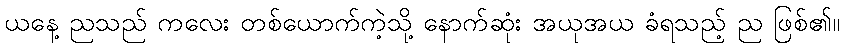
ယနေ့ ညသည် ကလေး တစ်ယောက်ကဲ့သို့ နောက်ဆုံး အယုအယ ခံရသည့် ည ဖြစ်၏။